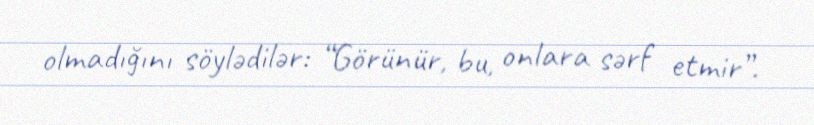
olmadığını söylədilər: “Görünür, bu, onlara sərf etmir”.